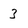
Character: 3